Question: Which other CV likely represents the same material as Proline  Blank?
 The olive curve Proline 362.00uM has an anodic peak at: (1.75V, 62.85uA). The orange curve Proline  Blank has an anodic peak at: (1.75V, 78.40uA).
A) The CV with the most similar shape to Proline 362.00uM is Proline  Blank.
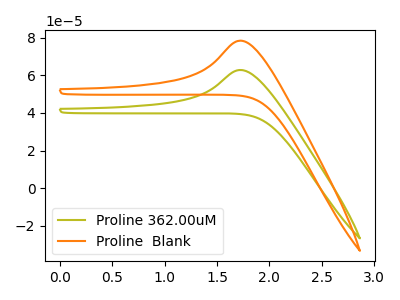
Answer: <think>All the peaks in "Proline 362.00uM" have a peak in "Proline  Blank" at the same potential. Every peak in "Proline 362.00uM" is lower than every peak in "Proline  Blank".
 </think>
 <answer>A) The CV with the most similar shape to "Proline 362.00uM" is "Proline  Blank".</answer>
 <eval>A</eval>